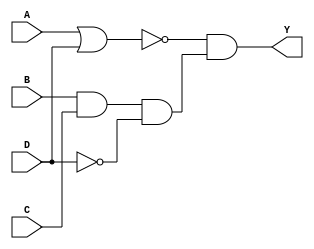

module comb_str(Y, A, B, C, D);
  
  //
  output Y;
  input  A, B, C, D;
  
  //
  wire [0:3] u;
  
  //
  not U1(u[0],D);
  or U3(u[2], A,D);
  not U2(u[1],u[2]);
  and U4(u[3],B,C,u[0]);
  and U5(Y,u[1],u[3]);
  
endmodule